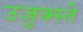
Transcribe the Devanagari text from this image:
उजुक्स्ते